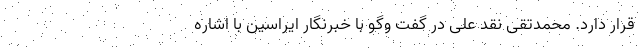
قرار دارد. محمدتقی نقد علی در گفت وگو با خبرنگار ایراسین با اشاره